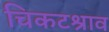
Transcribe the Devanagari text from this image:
चिकटश्राव